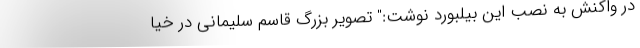
در واکنش به نصب این بیلبورد نوشت:" تصویر بزرگ قاسم سلیمانی در خیا